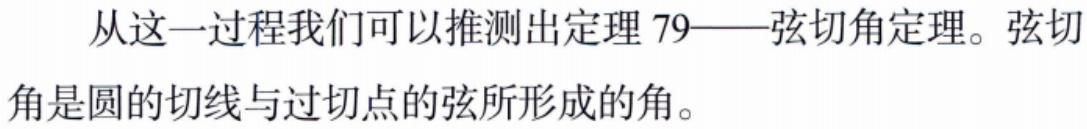
从这一过程我们可以推测出定理 79——弦切角定理。弦切角是圆的切线与过切点的弦所形成的角。